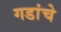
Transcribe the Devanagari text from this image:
गडांचे